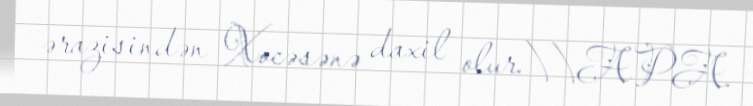
ərazisindən Xocəsənə daxil olur.\\APA.